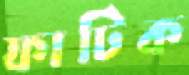
ফাটিক